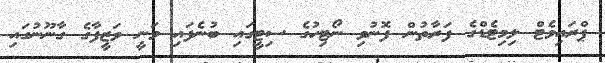
ޕްރައިވެޓް ލިމިޓެޑްގެ ފަރާތުން ފޮނުވި ނޯޓިހުގެ ސިޓީގައި ބުނެފައި ވަނީ ވަޒީފާގެ ގާނޫނުގައި